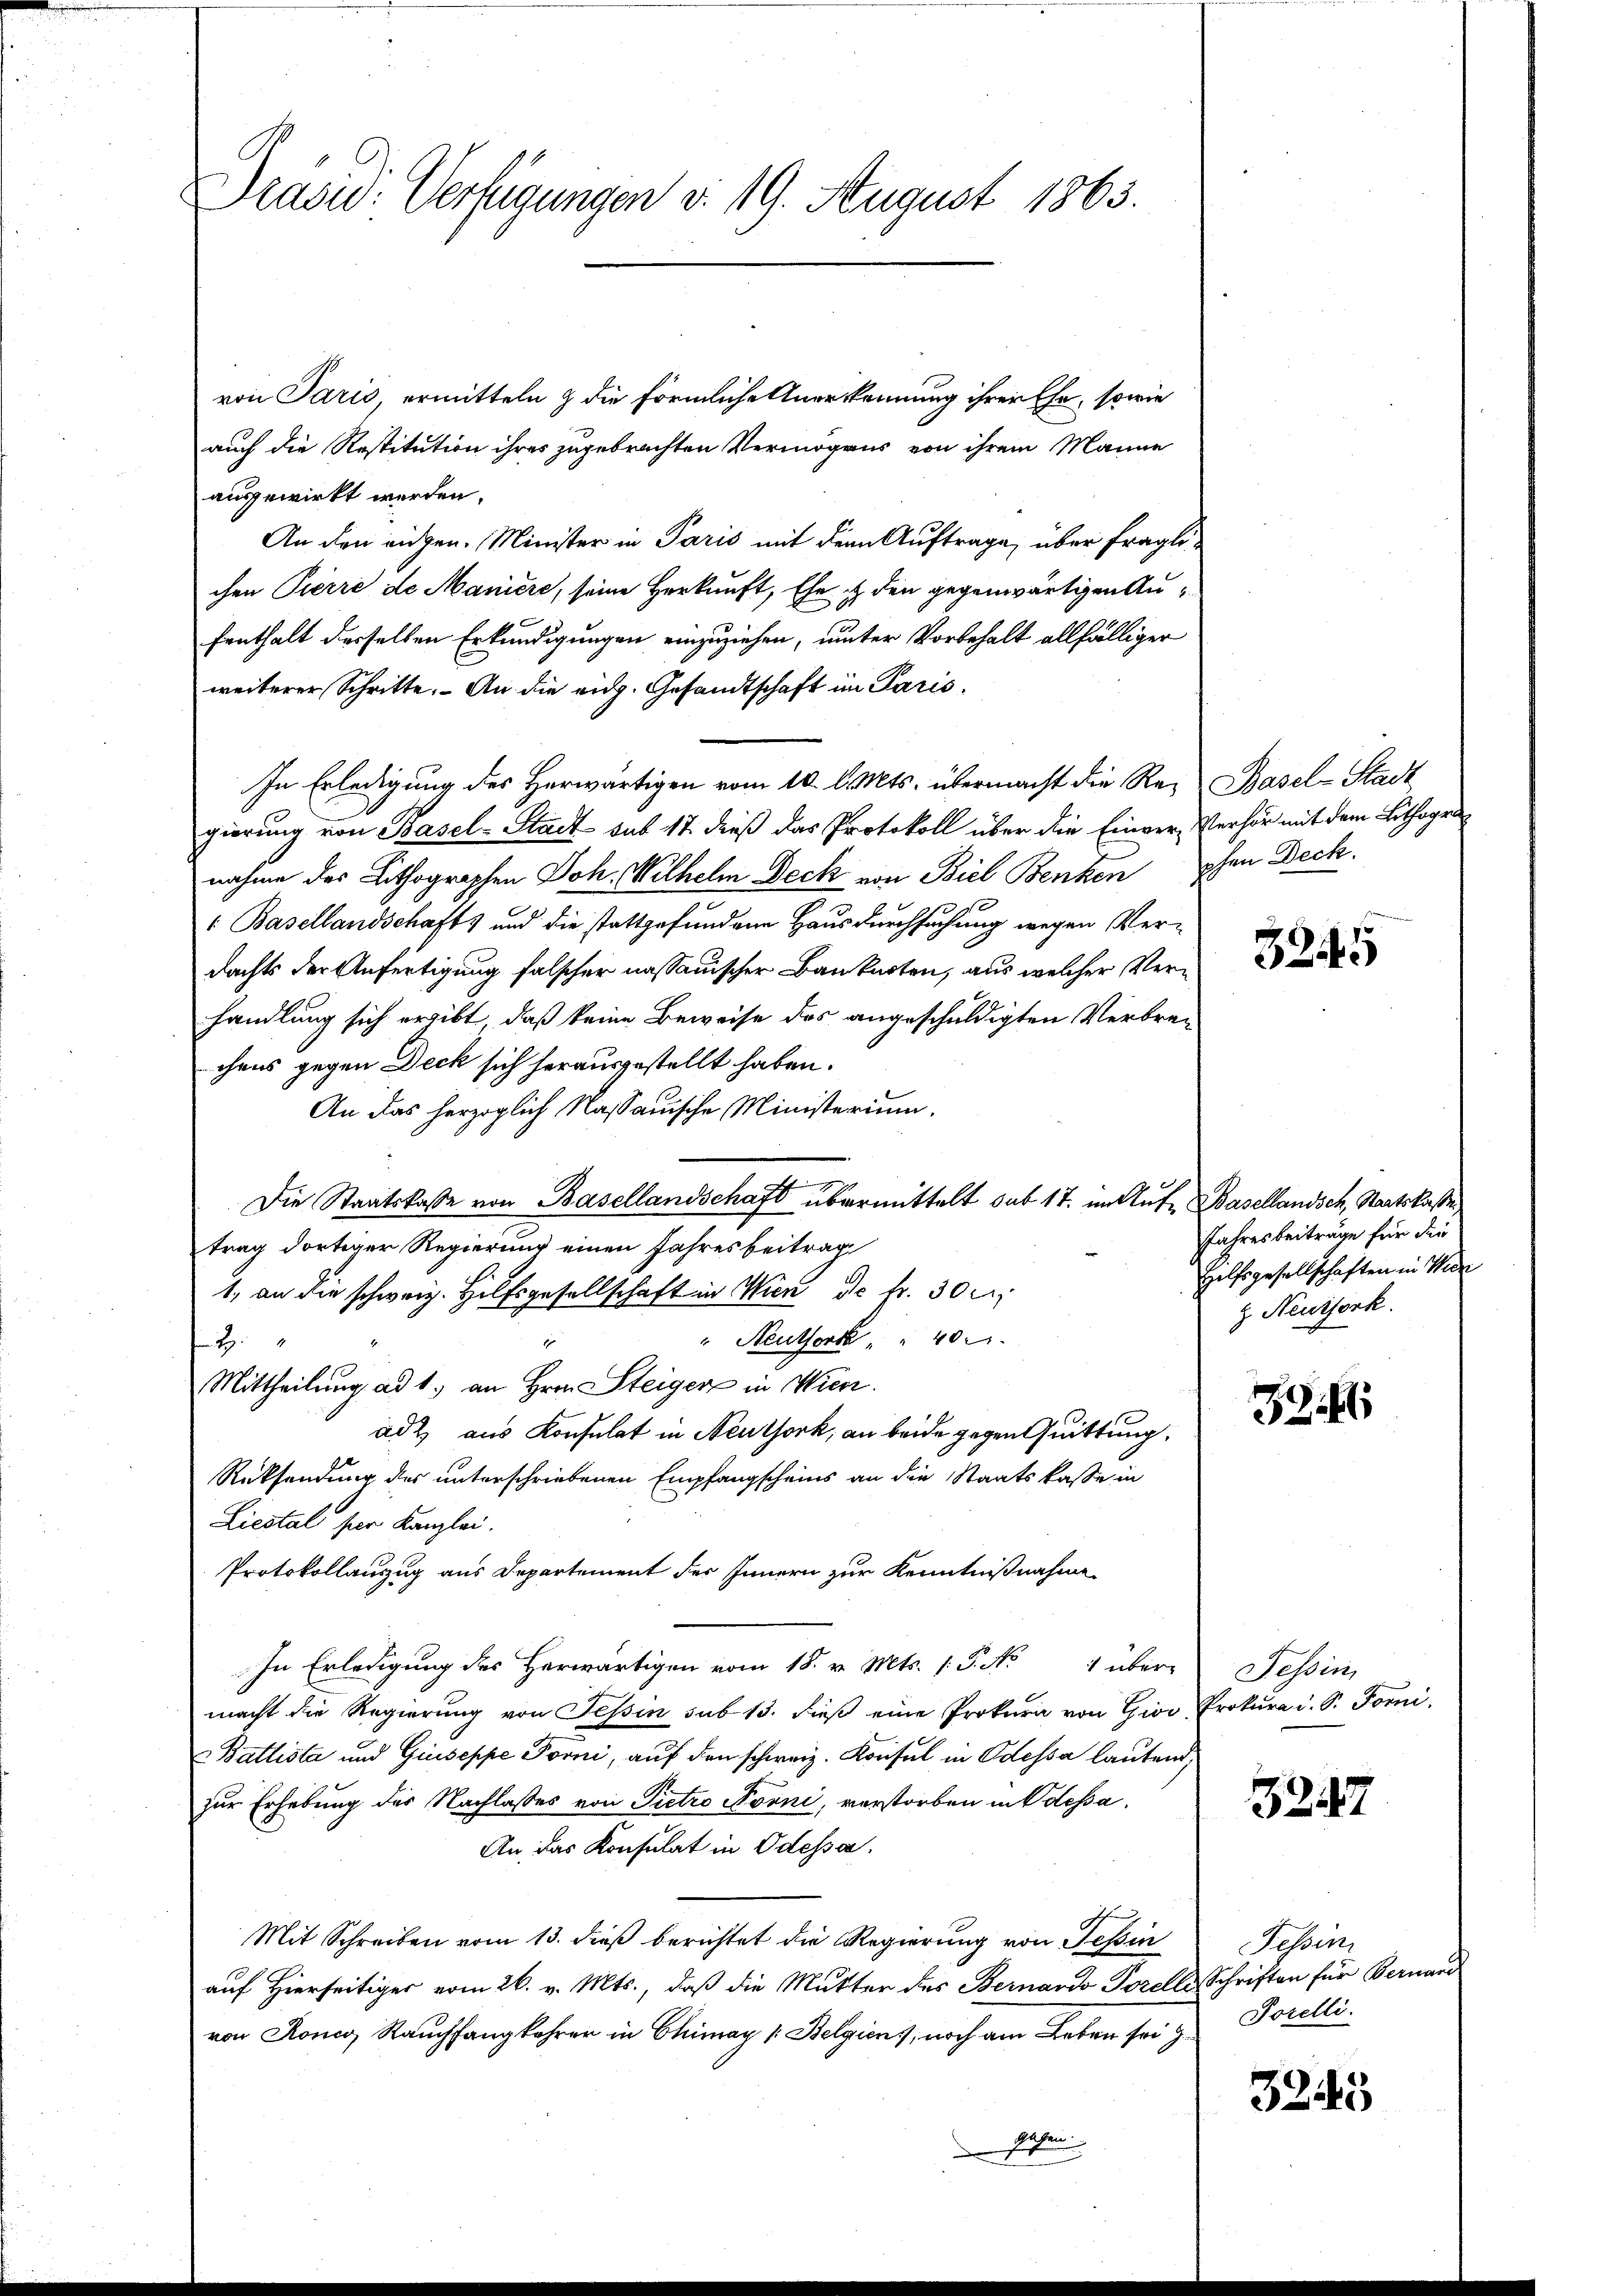
Prasid. Verfügungen v. 19. August 1863.

von Paris, ermitteln & die förmliche Anerkennung ihrer Ehe, sowie
auch die Restitution ihres zugebrachten Vermögens von ihrem Manne
ausgewirkt werden.
An den eigen. Minister in Paris mit der Auftrage, über fraglichen Pierre de Maniere, seine Herkunft, Ehe & den gegenwärtigen Aufenthalt derselben Erkundigungen einzuziehen, unter Vorbehalt allfälliger
weiterer Schritte. An die eidg. Gesandtschaft im Paris
In Erledigung des Herwärtigen vom 10. d. Mts. übermacht die Re-Basel-Stadt
gierung von Basel-Stadt sub 17. dieß das Protokoll über die Einver- Verhör mit dem Lithogen
nahme des Lithographen Joh. Wilhelm Deck von Biel Benken phen Deck
1 Basellandschaft & und die stattgefundene Hausdurchsuchung wegen Verdachts der Anfertigung falscher nassauischer Baukarten, aus welcher Verhandlung sich ergibt, daß keine Beweise des angeschuldigten Verbrechens gegen Deck sich herausgestellt haben.
An das herzoglich Nassauische Ministerium.
Die Staatskasse von Basellandschaft übermittelt sub 17. im Ant. Basellandsch, Staatskasse,
trag dortiger Regierung einen Jahresbeitrag
1, an die schweiz. Hilfsgesellschaft in Wien de fr. 30 x
" Neuthorte " " 400
1
2
Mittheilung ad 1. an Hrn. Steiger in Wien.
adt aus Konsulat in Neuthork, an beide gegen Quittung,
Rücksendung des unterschriebenen Empfangscheins an die Staatskasse in
Liestal ser Kanzlei.
Protokollauszug aus Departement des Innern zur Kenntnißnahme
In Erledigung des Herwärtigen vom 18. v. Mts. 1. P. No 1 übere Tessin,
macht die Regierung von Tessin sub 13. dieß eine Prokura von Gior Prokura d. S. Forni
Ballista und Giuseppe Forni, auf den schweiz. Konsul in Odessa lautend,
zur Erhebung der Nachlasses von Pietro Nörni, verstorben in Odessa
An, das Konsulat in Odessa.
Mit Schreiben vom 13. dieß berichtet die Regierung von Tessin
auf Hierseitiger vom 26. v. Mts., daß die Mutter des Bernardo Torells Schriften für Bernard
von Roner, Rauchfangkehrer in Chimay [Belgien, noch am Leben sei g
Jahren

3245

Jahresbeiträge für die
Hilfsgesellschaften in Wir
z. Neunfork.

32

3227

Tessin
Porelli.

3241)